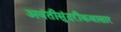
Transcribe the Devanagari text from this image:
अवंतीसुंदरीकथासार